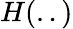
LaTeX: H(..)